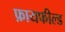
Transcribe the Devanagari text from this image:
फ़ायफील्ड